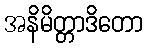
အနိမိတ္တာဒိတော